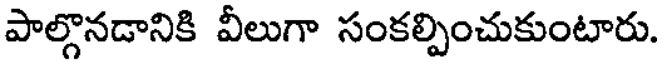
పాల్గొనడానికి వీలుగా సంకల్పించుకుంటారు.